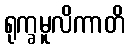
ရုက္ခမူလိကာတိ